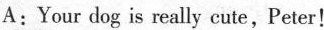
A:Your dog is really cute,Peter!